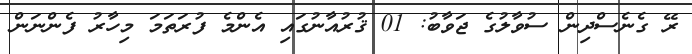
ރޭ ގެނެސްދިން ސުވާލުގެ ޖަވާބު: 01 ޤުރުއާނުގައި އެންމެ ފުރަތަމަ މިހާރު ފެންނަން